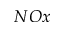
N O x